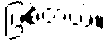
ဖြစ်တယ်။